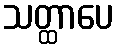
သတ္ထာပေ